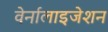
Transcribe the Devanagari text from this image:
वेर्नालाइजेशन